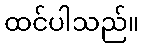
ထင်ပါသည်။